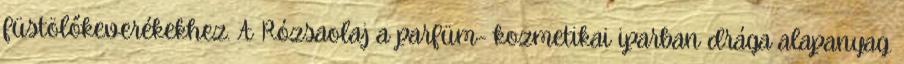
füstölőkeverékekhez. A Rózsaolaj a parfüm- kozmetikai iparban drága alapanyag.